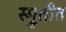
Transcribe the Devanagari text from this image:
स्म्रुतीत